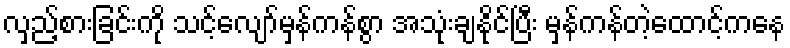
လှည့်စားခြင်းကို သင့်လျော်မှန်ကန်စွာ အသုံးချနိုင်ပြီး မှန်ကန်တဲ့ထောင့်ကနေ